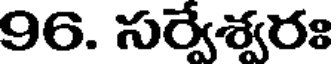
96. సర్వేశ్వరః